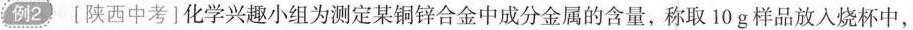
例2陕西中考1化学兴趣小组为测定某铜锌合金中成分金属的含量，称取10g样品放入烧杯中，